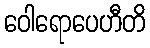
ဝေါရောပေဟီတိ